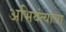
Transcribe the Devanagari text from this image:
अभियंत्याचा